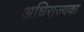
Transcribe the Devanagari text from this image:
अधिराज्यका